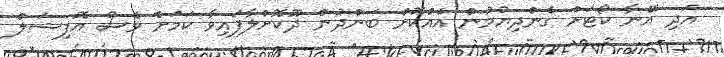
އަދި އޭނާ ކޯޓަށް ގެންދިޔުމުން އެއްކޮށް ބަންދުން ދޫކޮށްލާފައިވާ ކަމަށް ވެސް އޮފިޝަލް